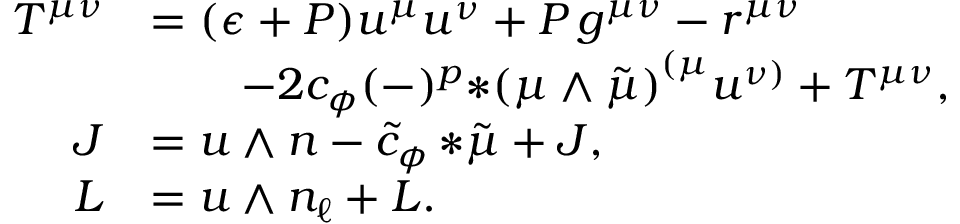
\begin{array} { r l } { T ^ { \mu \nu } } & { = ( \epsilon + P ) u ^ { \mu } u ^ { \nu } + P \, g ^ { \mu \nu } - r ^ { \mu \nu } } \\ & { \qquad - 2 c _ { \phi } ( - ) ^ { p } { * ( \mu \wedge \tilde { \mu } ) } ^ { ( \mu } u ^ { \nu ) } + { \cal T } ^ { \mu \nu } , } \\ { J } & { = u \wedge n - \tilde { c } _ { \phi } \, { * \tilde { \mu } } + { \cal J } , } \\ { L } & { = u \wedge n _ { \ell } + { \cal L } . } \end{array}